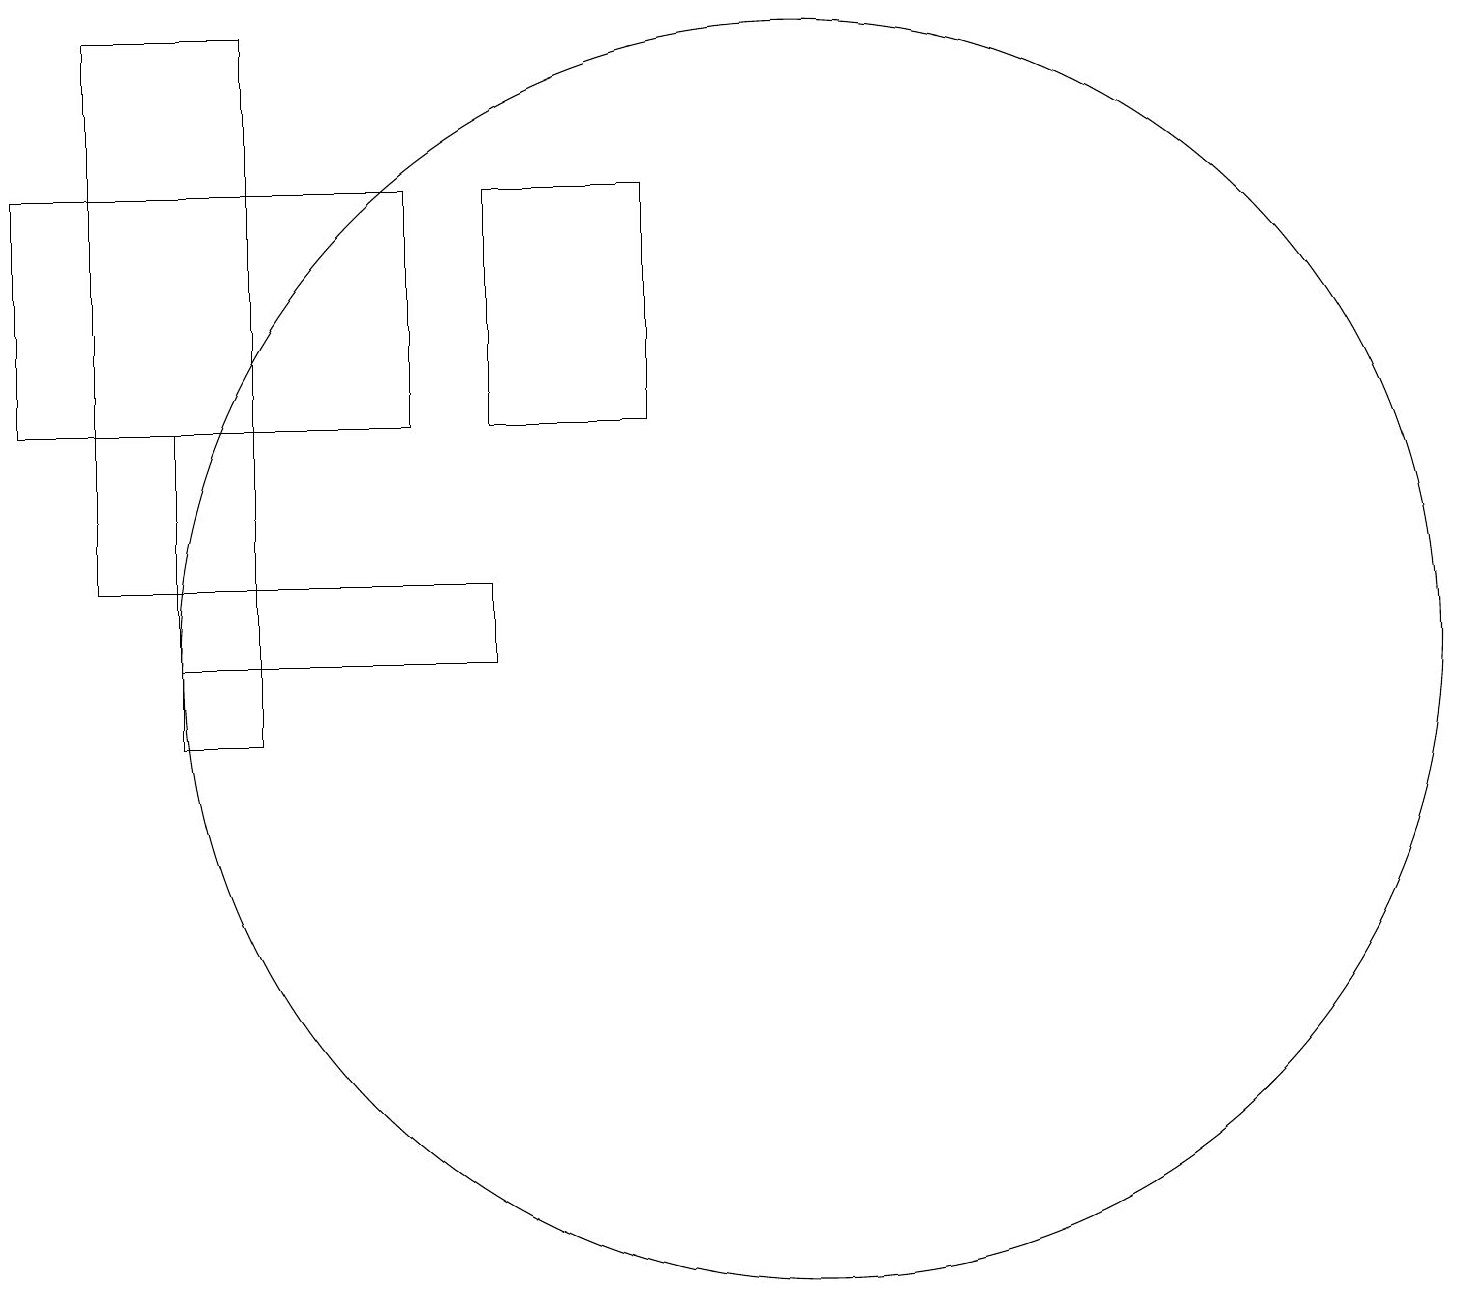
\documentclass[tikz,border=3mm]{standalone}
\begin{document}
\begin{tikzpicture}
\draw (11,11) circle (8);
\draw (1,14) rectangle (6,17);
\draw (9,14) rectangle (7,17);
\draw (2,19) rectangle (4,12);
\draw (4,14) rectangle (3,10);
\draw (3,12) rectangle (7,11);
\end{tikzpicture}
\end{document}